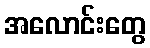
အလောင်းတွေ